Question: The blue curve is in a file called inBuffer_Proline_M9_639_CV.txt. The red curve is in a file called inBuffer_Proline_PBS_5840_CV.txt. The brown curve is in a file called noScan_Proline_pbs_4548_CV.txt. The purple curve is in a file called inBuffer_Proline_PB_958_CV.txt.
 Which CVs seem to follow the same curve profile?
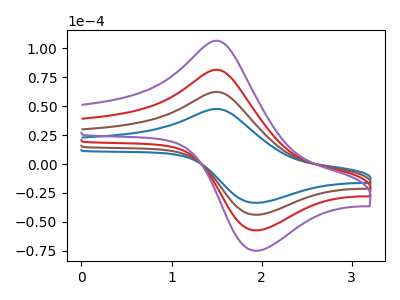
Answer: <think>The blue curve "Proline M9" has an anodic peak at (1.55V, 47.40uA) and a cathodic peak at (1.90V, -33.50uA). The red curve "Proline PBS" has an anodic peak at (1.55V, 124.00uA) and a cathodic peak at (1.90V, -87.60uA). The brown curve "Proline pbs" has an anodic peak at (1.55V, 62.00uA) and a cathodic peak at (1.90V, -43.80uA). The purple curve "Proline PB" has an anodic peak at (1.55V, 185.95uA) and a cathodic peak at (1.90V, -131.45uA).
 All the peaks in "Proline M9" have a peak in "Proline PBS" at the same potential. Every peak in "Proline M9" is lower than every peak in "Proline PBS". All the peaks in "Proline M9" have a peak in "Proline pbs" at the same potential. Every peak in "Proline M9" is lower than every peak in "Proline pbs". All the peaks in "Proline M9" have a peak in "Proline PB" at the same potential. Every peak in "Proline M9" is lower than every peak in "Proline PB". All the peaks in "Proline PBS" have a peak in "Proline pbs" at the same potential. Every peak in "Proline PBS" is higher than every peak in "Proline pbs". All the peaks in "Proline PBS" have a peak in "Proline PB" at the same potential. Every peak in "Proline PBS" is lower than every peak in "Proline PB". All the peaks in "Proline pbs" have a peak in "Proline PB" at the same potential. Every peak in "Proline pbs" is lower than every peak in "Proline PB".</think>
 <answer>"Proline M9", "Proline PBS", "Proline pbs" and "Proline PB" have the same shape and are likely CV's of the same chemical.</answer>
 <eval>"Proline M9" "Proline PBS" "Proline pbs" "Proline PB"</eval>